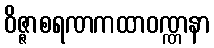
ဝိဇ္ဇာစရဏကထာဝဏ္ဏနာ